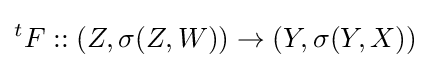
{}^{t}F::(Z,\sigma (Z,W))\to (Y,\sigma (Y,X))